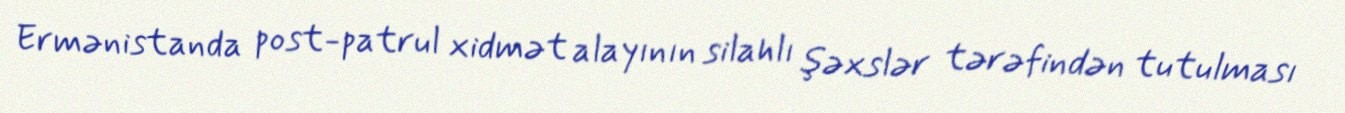
Ermənistanda post-patrul xidmət alayının silahlı şəxslər tərəfindən tutulması